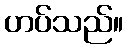
ဟပ်သည်။